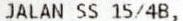
JALAN SS 15/4B,